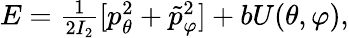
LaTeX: \begin{array}{r}{E=\frac{1}{2I_{2}}[p_{\theta}^{2}+\tilde{p}_{\varphi}^{2}]+bU(\theta,\varphi),}\end{array}